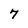
Character: 7